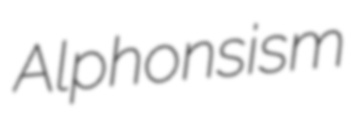
Alphonsism